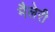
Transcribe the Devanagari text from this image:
मैलेरी